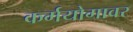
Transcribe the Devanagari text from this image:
कर्मयोगावर